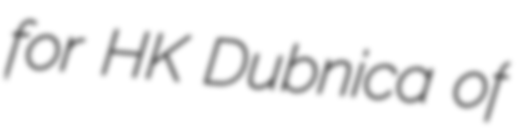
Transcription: for HK Dubnica of